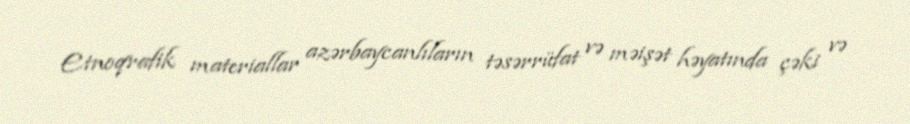
Etnoqrafik materiallar azərbaycanlıların təsərrüfat və məişət həyatında çəki və